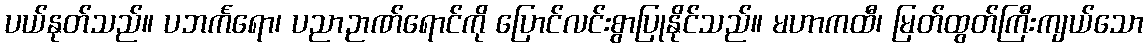
ပယ်နုတ်သည်။ ပဘင်္ကရော၊ ပညာဉာဏ်ရောင်ကို ပြောင်လင်းစွာပြုနိုင်သည်။ မဟာကထီ၊ မြတ်ထွတ်ကြီးကျယ်သော